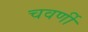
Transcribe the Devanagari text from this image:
चवर्णी